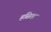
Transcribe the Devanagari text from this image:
हसिता